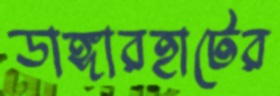
ডাঙ্গারহাটের